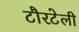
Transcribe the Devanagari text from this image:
टौरटेली